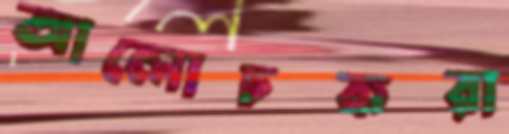
আলোচকরা